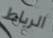
الرباط